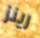
رينز